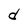
Character: d